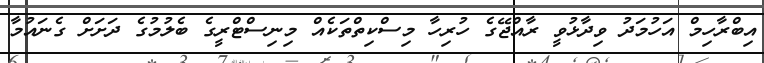
އިބްރާހިމް އަހުމަދު ވިދާޅުވީ ރާއްޖޭގެ ހުރިހާ މިސްކިތްތަކެއް މިނިސްޓްރީގެ ބެލުމުގެ ދަށަށް ގެނައުމާ